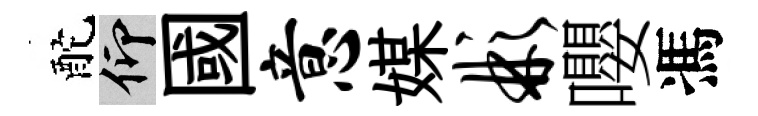
酡仰國意媒彬嚶馮